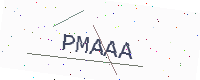
Text: PMAAA